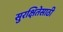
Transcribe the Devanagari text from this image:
सुरक्षितेसाठी